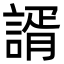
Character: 諝